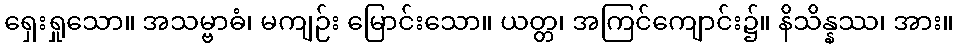
ရှေးရှုသော။ အသမ္ဗာဓံ၊ မကျဉ်း မြောင်းသော။ ယတ္တ၊ အကြင်ကျောင်း၌။ နိသိန္နဿ၊ အား။